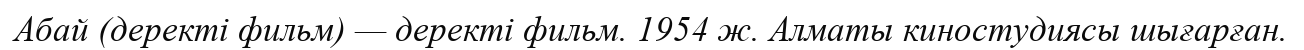
Абай (деректі фильм) — деректі фильм. 1954 ж. Алматы киностудиясы шығарған.